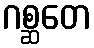
ဂစ္ဆတေ